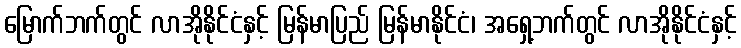
မြောက်ဘက်တွင် လာအိုနိုင်ငံနှင့် မြန်မာပြည် မြန်မာနိုင်ငံ၊ အရှေ့ဘက်တွင် လာအိုနိုင်ငံနှင့်